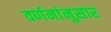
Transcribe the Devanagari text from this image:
वर्णनांनुसार